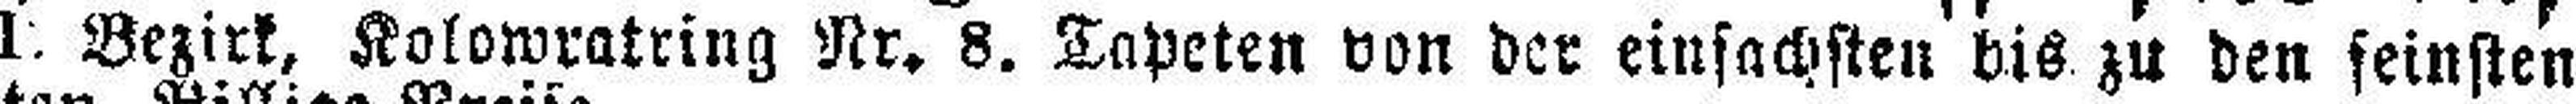
I. Bezirk, Kolowratring Nr. 8. Tapeten von der einfachsten bis zu den feinsten